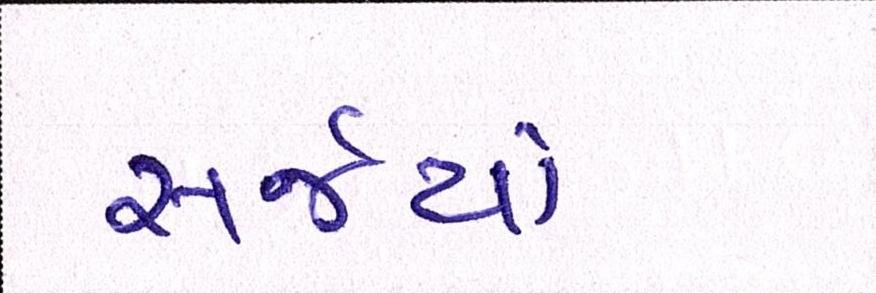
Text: સર્જયો